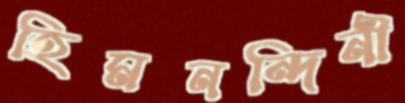
হিমনন্দিনী